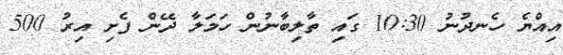
އިއްޔެ ހެނދުނު 10:30 ގައި ތާލިބާނުން ހަމަލާ ދޭން ފެށި އިރު 500